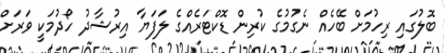
ބޮލުގައި ރިހުމަށް ބޭހެއް ނެގުމުގެ ކުރިން ޑޮކްޓަރެއްގެ ލަފަޔާ އިރުޝާދު ހޯދުމަކީ ވަރަށް